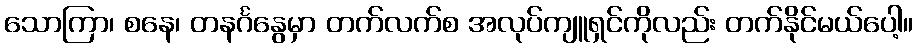
သောကြာ၊ စနေ၊ တနင်္ဂနွေမှာ တက်လက်စ အလုပ်ကျူရှင်ကိုလည်း တက်နိုင်မယ်ပေါ့။